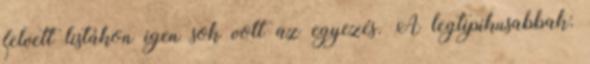
felvett listákon igen sok volt az egyezés. A legtipikusabbak: